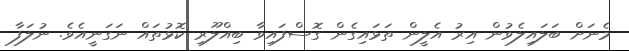
މެނަށް ބަލައިލެވުން އިރު އެލީން ތަޅައިގެން ގޮސްފައިވާ ބިއްލޫރި ކޮޅުތައް ނަގަނީއެވެ. ނުލަފާ